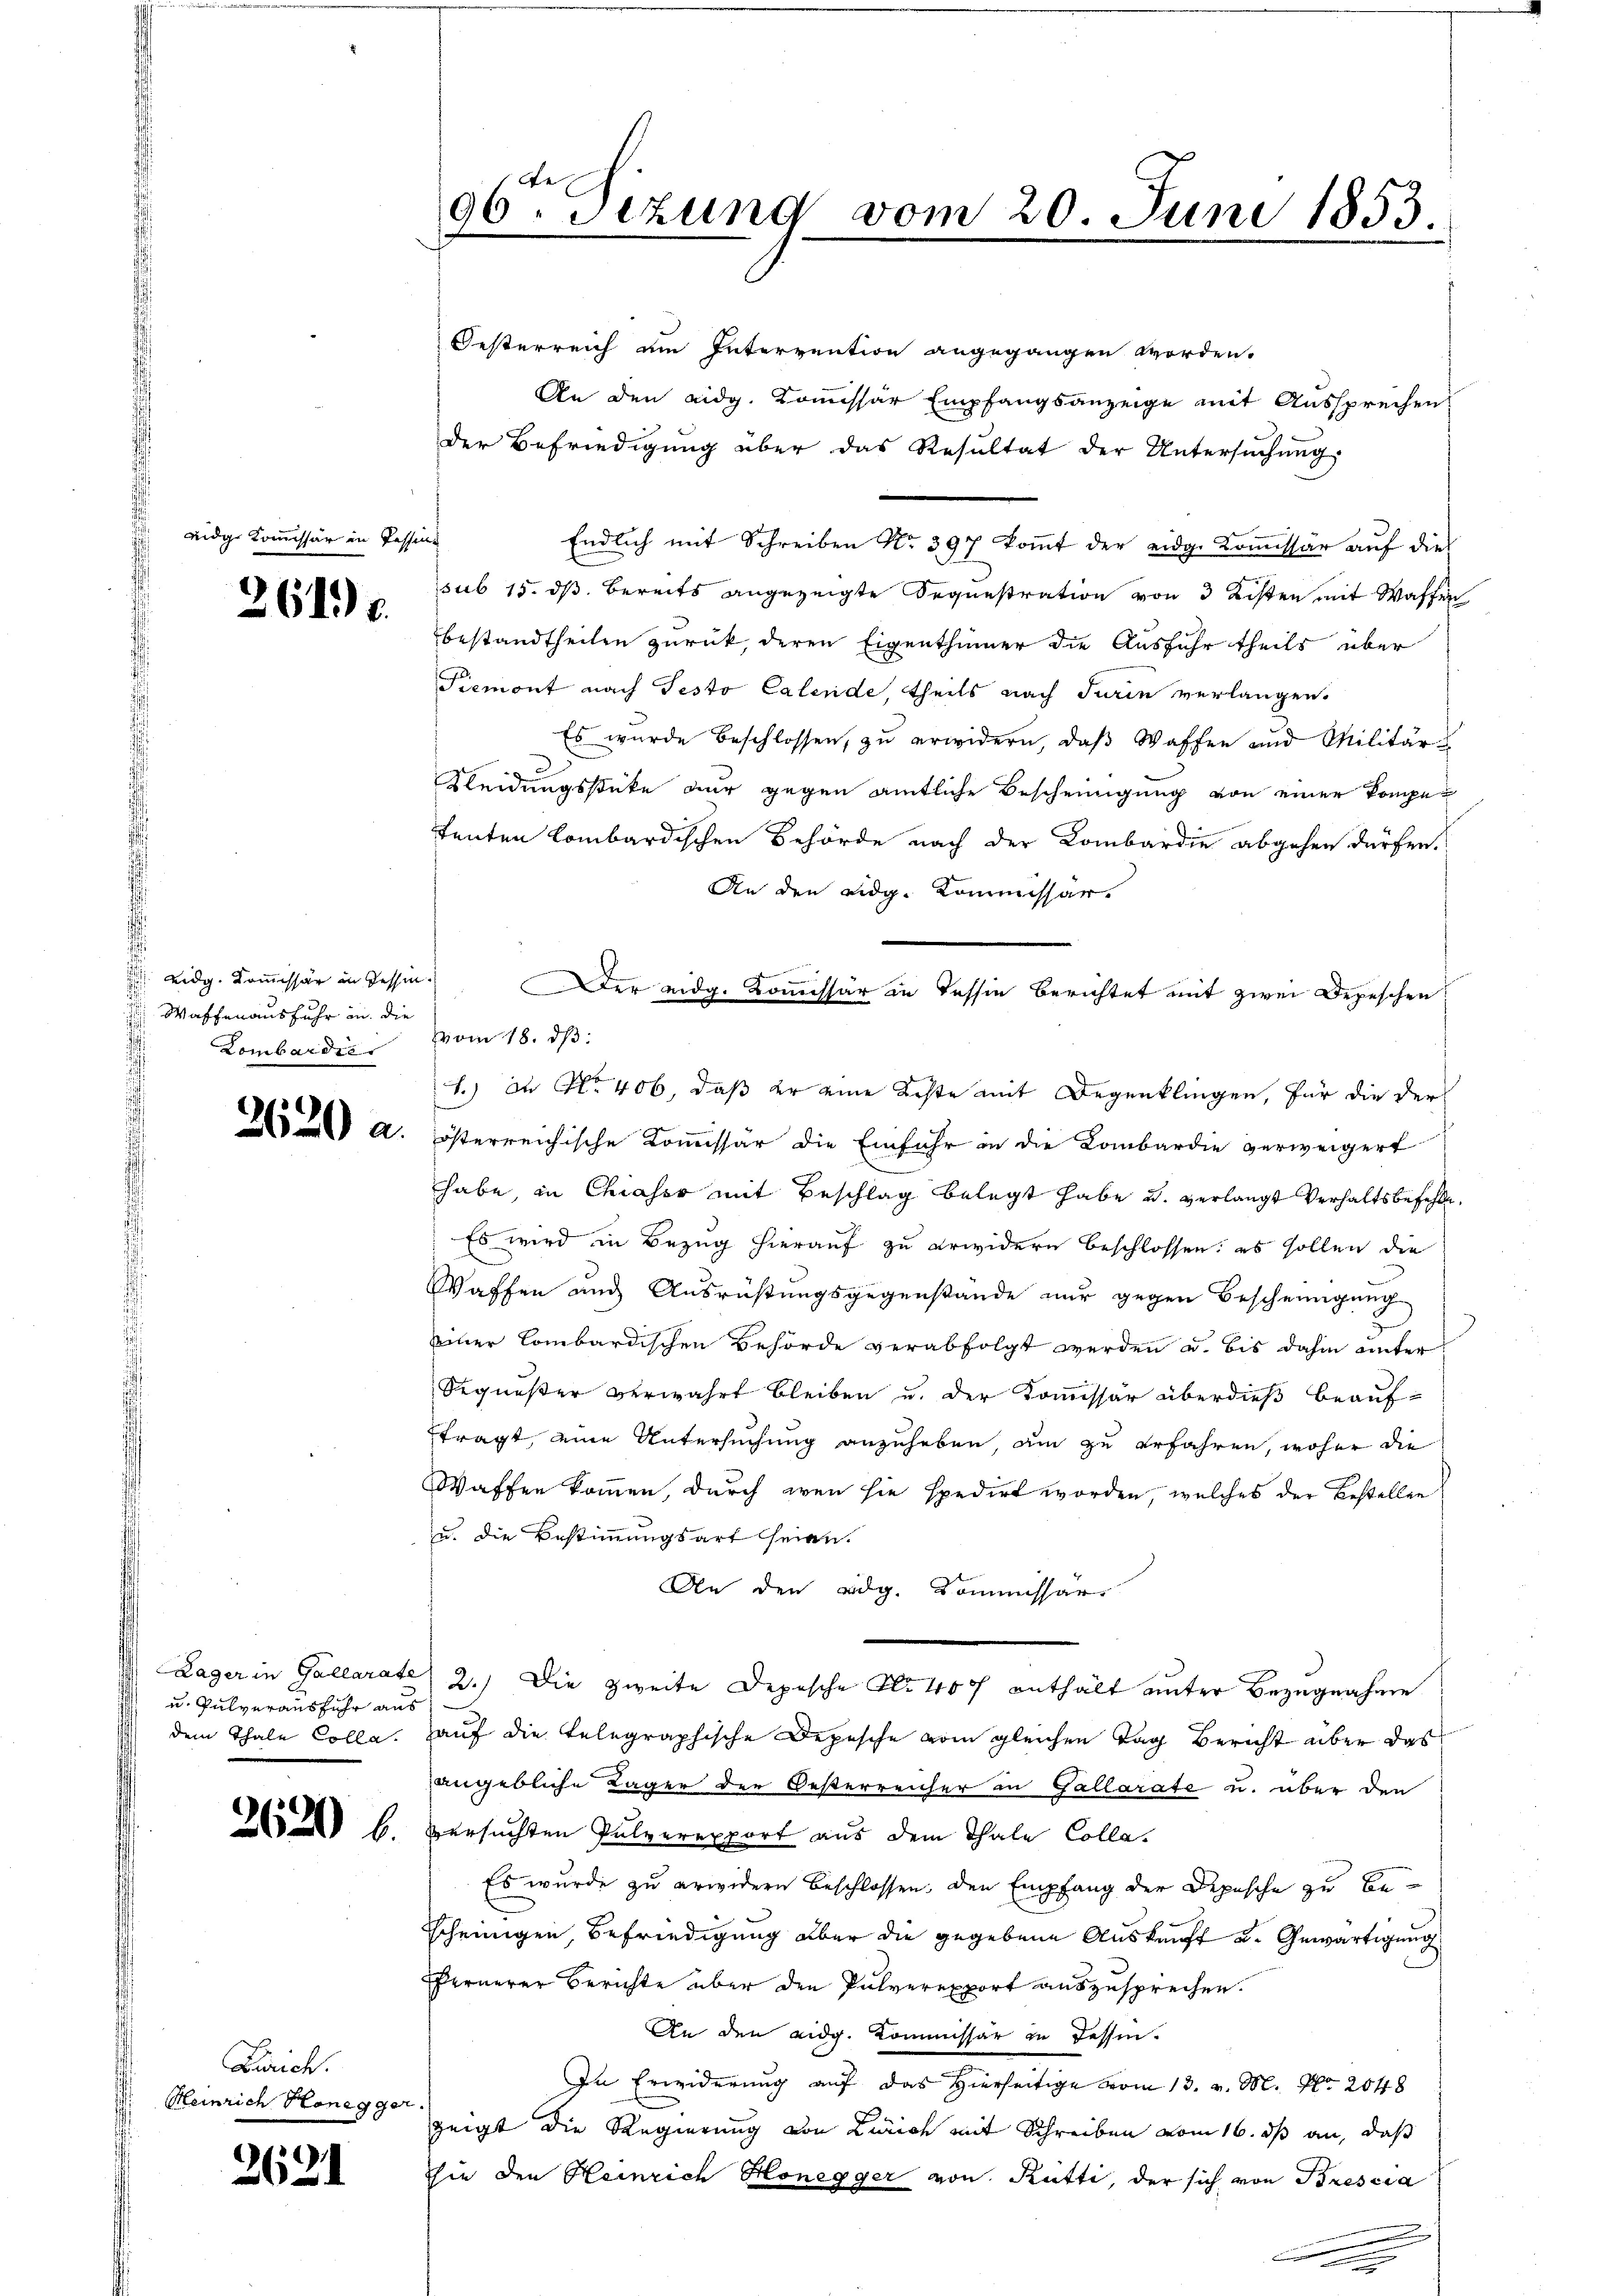
idge

264.

an, wenn erschie
Waffen ausfuhr in die
Lombardies

2620 a.

u. Pulverausfuhr aus
dem Thale Colla¬

2620 l.

Zürich.
Heinrich Honegger.

2631

in Passens

96. Dezung vom 2
.Juni 1853

Oesterreich am Intervention angegangen worden.
An den eidg. Kommissär Empfangsanzeige mit Aussprechen
der Befriedigung über das Resultat der Untersŭchŭng
Endlich mit Schreiben No. 397 koṁt der eidg. Koṁissär aŭf die
sub 15. ds. bereits angezeigte Sequestration von 3 Kosten mit Waffen
Bestandtheilen zurück, deren Eigenthümer die Ausfuhr theils über
Piemont nach Testo Calende, theils nach Turin verlangen.
Es wurde beschlossen, zŭ erwidern, daβ Waffen und Militär-
Kleidungsstücke nur gegen amtliche Bescheinigung von einer kompetenten lombardischen Behörde nach der Kombardie abgehen dürfen.
An den eidg. Kommissär
vom 18. dβ.
1.) in No. 406, daß er eine Reste mit Degenklingen, für die der
österreichische Kommissär die Einfuhr in die Kombardie verweigert
habe, in Chiasso mit Beschlag belegt habe u. verlangt Verhaltsbefehle,
Es wird in Bezug hierauf zu erwidern beschlossen: es sollen die
Waffen auch Ausrüstungsgegenstände nur gegen Bescheinigung
einer Combardischen Behörde verabfolgt werden u. bis dahin unter
Sequester verwahrt bleiben u. der Kommissär überdieß beauf-
fragt, eine Untersuchung anzuheben, am zu erfahren, woher die
Waffen kommen, durch wenn sie spedirt worden, welches der Bestellen
u. die Bestimmungsart seien.
An den adg. Kommissär
Lager in Gallarate 2.) Die zweite Depesche No. 400 enthält unter Bezugnahme
auf die telegraphische Depesche vom gleichen Tag Bericht über das
angebliche Lager der Oesterreicher in Gallarate u. über den
versuchten Pulverexport aus dem Thale Colla¬
Es wurde zu erwidern beschlossen, den Empfang der Depesche zu bescheinigen, Befriedigung aber die gegebene Auskunft u. Gewärtigung
Fernerer Berichte über den Pulverexport auszusprechen.
An den eidg. Kommissär zu Tessin.
In Erwiderung auf das Hierseitige vom 13. v. M. Nr. 2048
zeigt die Regierung von Zürich mit Schreiben vom 16. ds an, daß
thie den Heinrich Honegger von Rütti, der sich von Brescia

Der eidg. Kommissär in dessen Berichtet mit zwei Depeschen